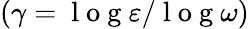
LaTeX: (\gamma=\mathrm{~l~o~g~}\varepsilon/\mathrm{~l~o~g~}\omega)